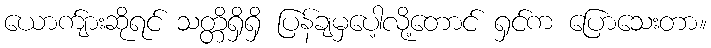
ယောက်ျားဆိုရင် သတ္တိရှိရှိ ပြန်ချမှပေါ့လို့တောင် ရှင်က ပြောသေးတာ။